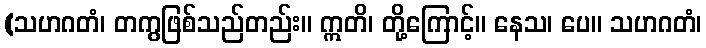
(သဟဂတံ၊ တကွဖြစ်သည်တည်း။ ဣတိ၊ တို့ကြောင့်။ နေသ၊ ပေ။ သဟဂတံ၊